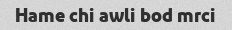
Hame chi awli bod mrci